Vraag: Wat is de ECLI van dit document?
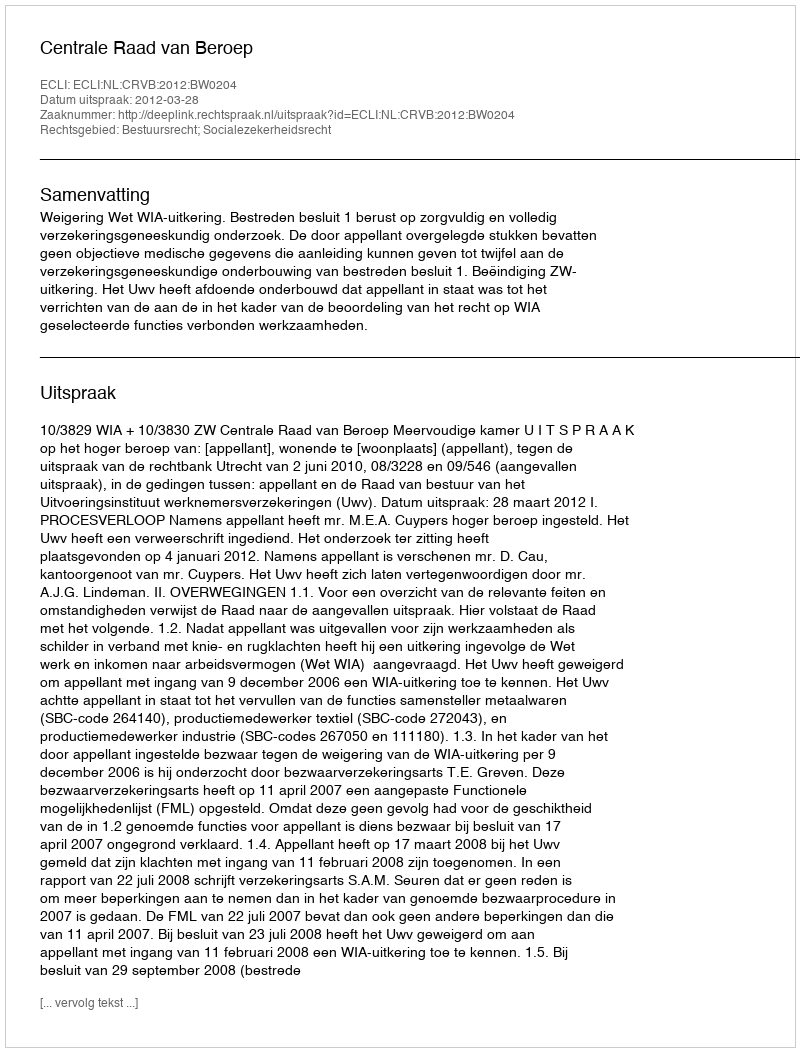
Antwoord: ECLI:NL:CRVB:2012:BW0204